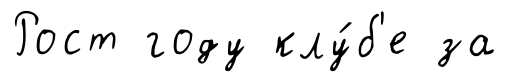
Рост году клу́б'е за